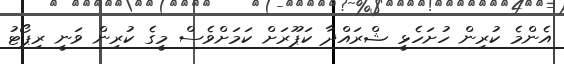
އެންމެ ކުރިން ހުށަހެޅީ ޝްރައްދާ ކަޕޫރަށް ކަމަށްވެސް މީގެ ކުރިން ވަނީ ރިޕޯޓު